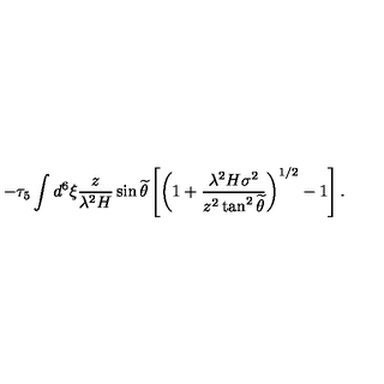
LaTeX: - \tau _ { 5 } \int d ^ { 6 } \xi \frac { z } { \lambda ^ { 2 } H } \sin { \widetilde { \theta } } \left[ \left( 1 + \frac { \lambda ^ { 2 } H \sigma ^ { 2 } } { z ^ { 2 } \tan ^ { 2 } { \widetilde { \theta } } } \right) ^ { 1 / 2 } - 1 \right] .